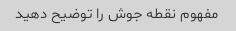
مفهوم نقطه جوش را توضیح دهید